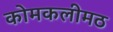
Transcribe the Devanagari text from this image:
कोमकलीमठ